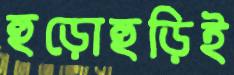
হুড়োহুড়িই